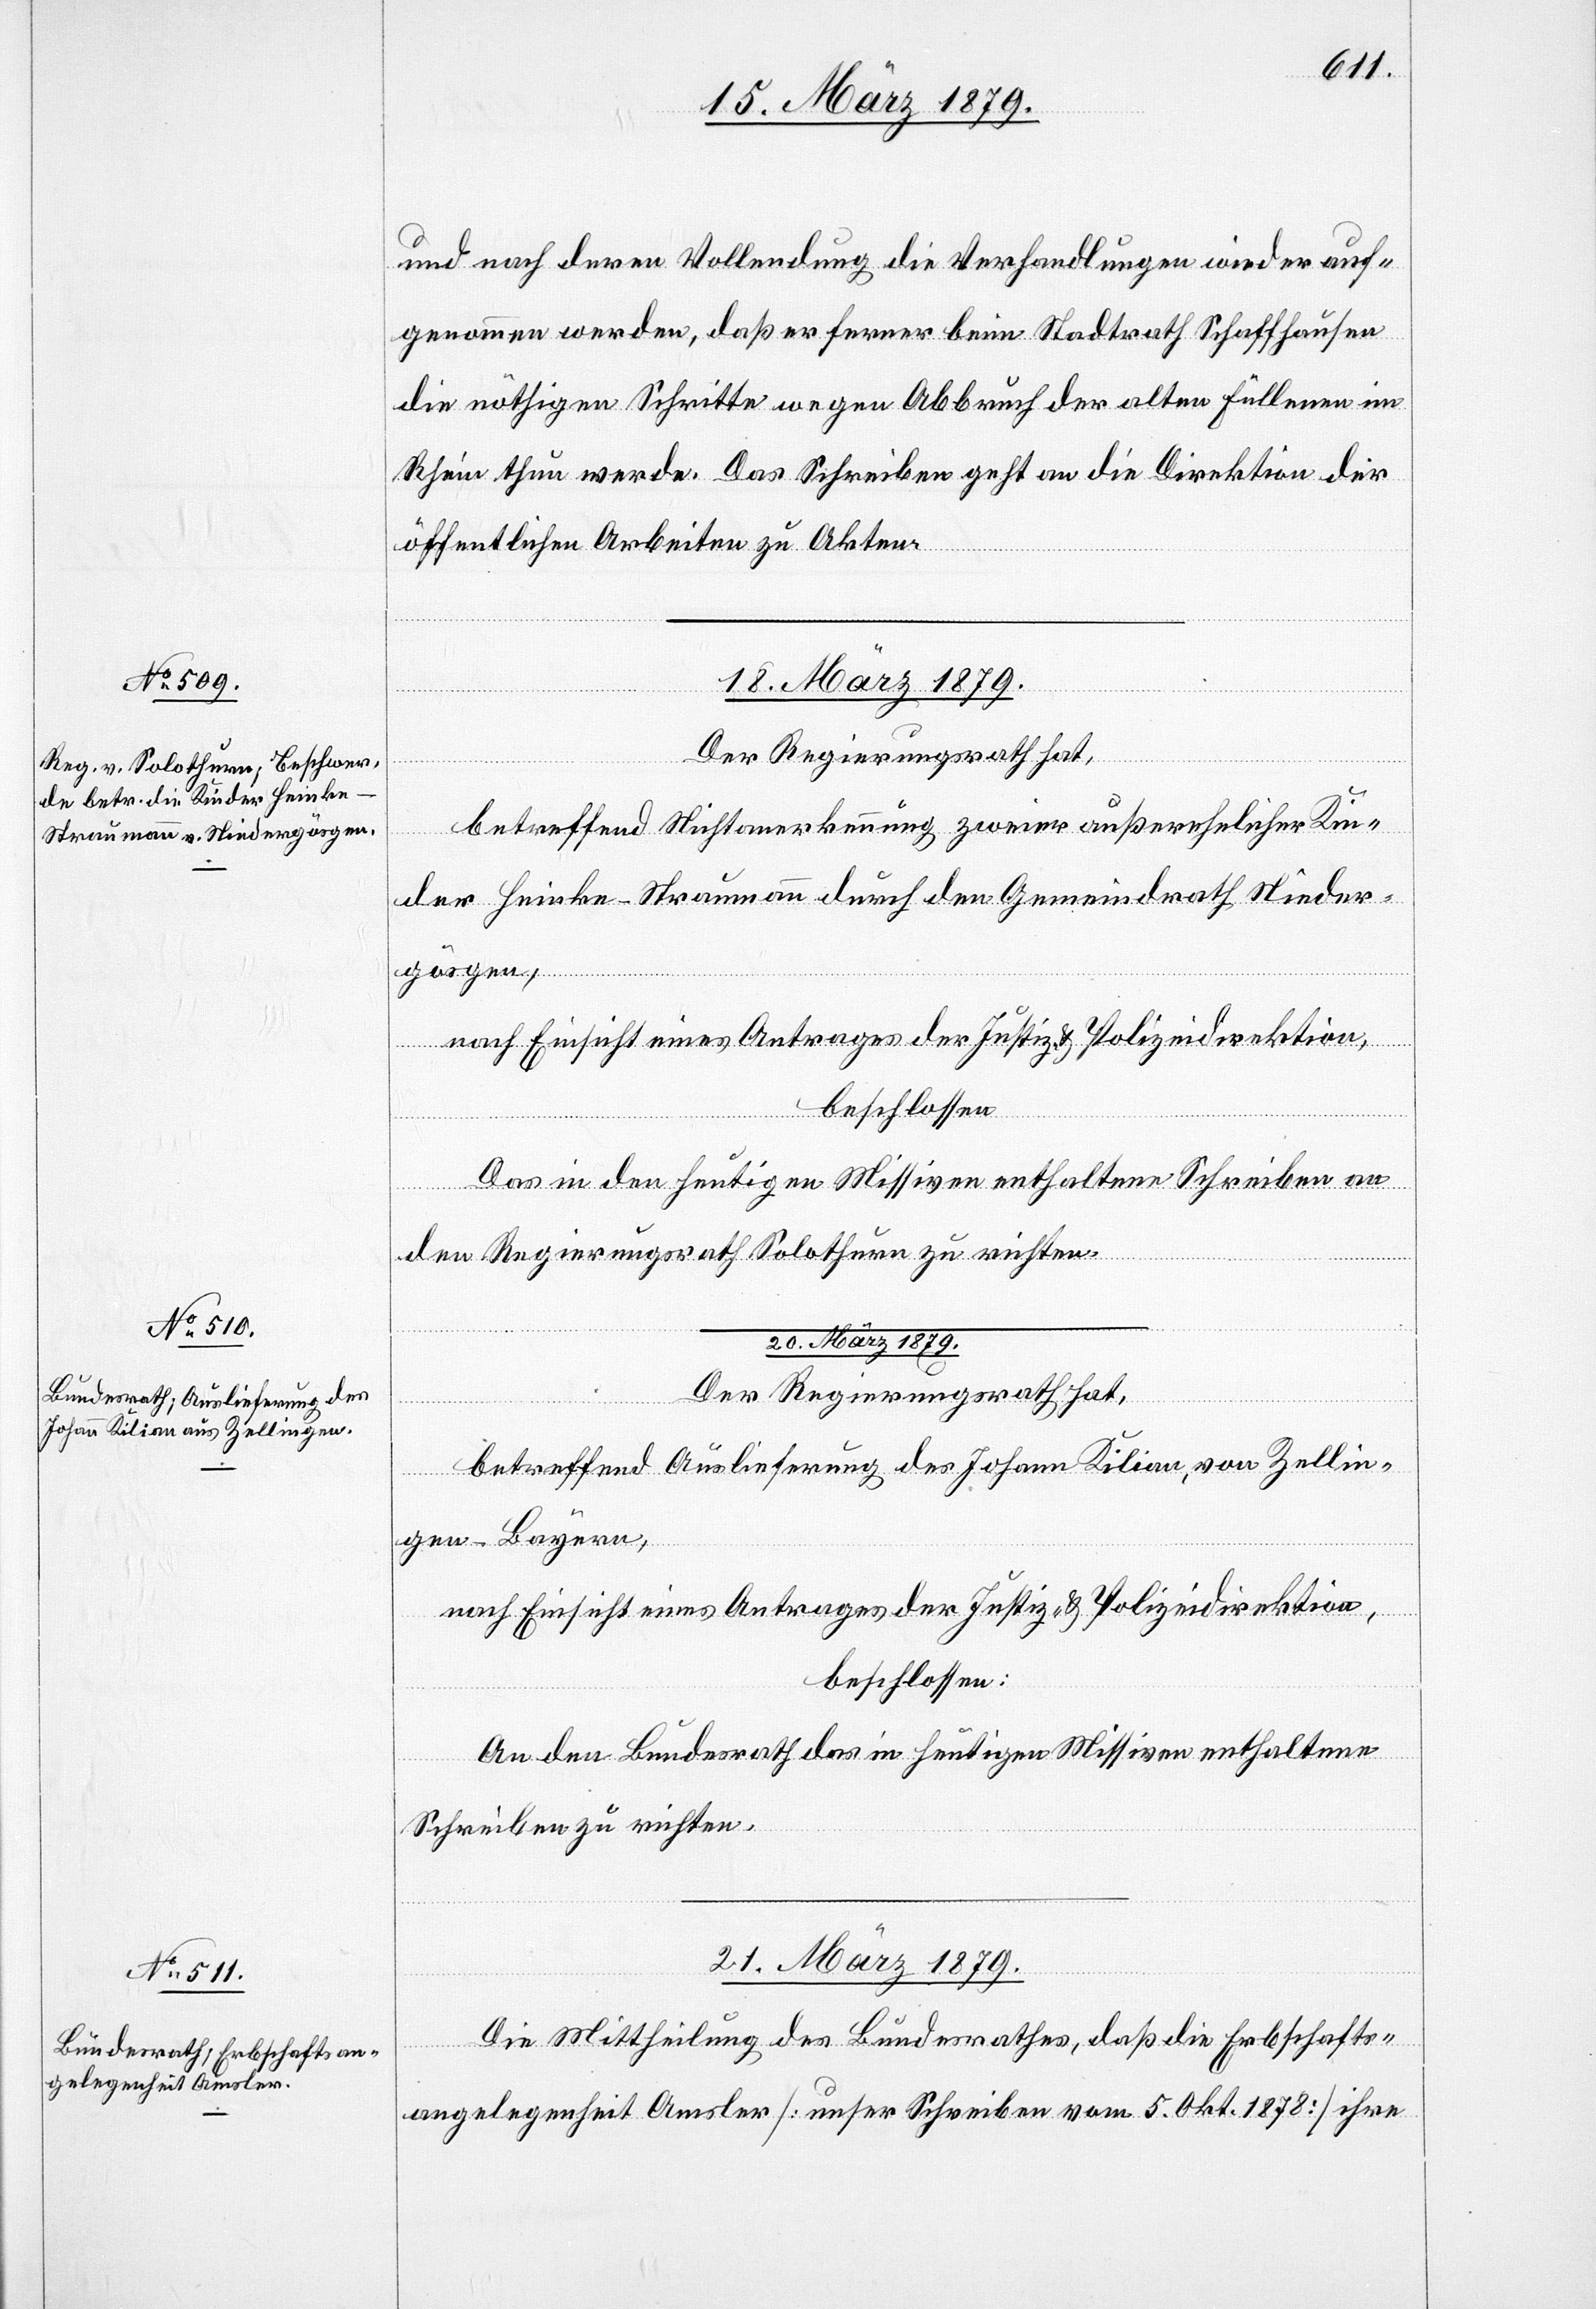
und nach deren Vollendung die Verhandlungen wieder auf¬
genommen werden, daß er ferner beim Stadtrath Schaffhausen
die nöthigen Schritte wegen Abbruch der alten Füllenen im
Rhein thun werde. Das Schreiben geht an die Direktion der
öffentlichen Arbeiten zu Akten.
18. März 1879.
Der Regierungsrath hat,
betreffend Nichtanerkennung zweier außerehelicher Kin¬
der Heinke-Straumann durch den Gemeindrath Nieder¬
gösgen,
al-Verfügungen]
Das in den heutigen Missiven enthaltene Schreiben an
den Regierungsrath Solothurn zu richten.
20. März 1879.
Der Regierungsrath hat,
betreffend Auslieferung des Johann Kilian, von Zellin¬
sidi¬
gen - Bayern,
nach Einsicht eines Antrages der Justiz- & Polizeidirektion,
beschlossen:
An den Bundesrath das in heutigen Missiven enthaltene
Schreiben zu richten.